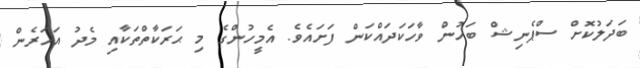
ބަދަލުކޮށް ސްޕެނިޝް ބަހުން ވާހަކަދައްކަން ފަށައެވެ. އެމީހުންގެ މި ޙަރަކާތްތަކާއި މެދު އަހަރެން